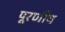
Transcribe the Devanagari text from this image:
पूरणीय